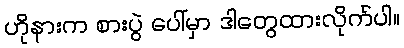
ဟိုနားက စားပွဲ ပေါ်မှာ ဒါတွေထားလိုက်ပါ။